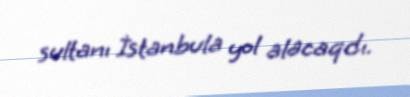
sultanı İstanbula yol alacaqdı.